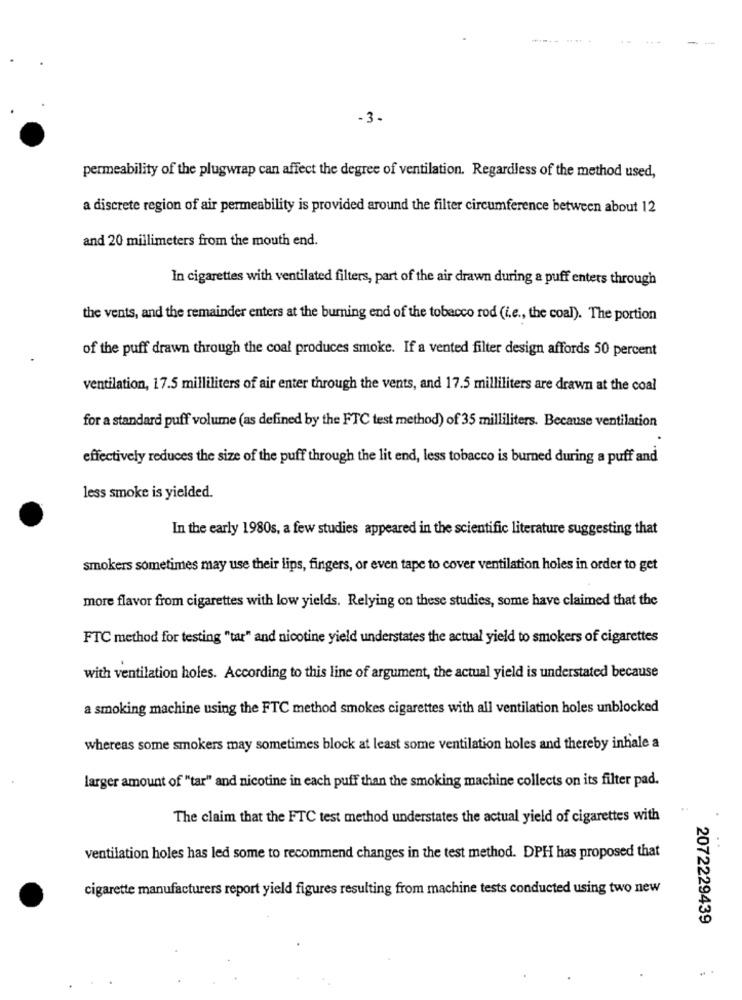
-
-3.
permeability of the plugwrap can affect the degree of ventilation. Regardless of the method used,
a discrete region of air permeability is provided around the filter circumference between about 12
and 20 millimeters from the mouth end.
In cigarettes with ventilated filters, part of the air drawn during a puff enters through
the vents, and the remainder enters at the burning end of the tobacco rod (i.e ., the coal). The portion
of the puff drawn through the coal produces smoke. If a vented filter design affords 50 percent
ventilation, 17.5 milliliters of air enter through the vents, and 17.5 milliliters are drawn at the coal
for a standard puff volume (as defined by the FTC test method) of 35 milliliters. Because ventilation
effectively reduces the size of the puff through the lit end, less tobacco is burned during a puff and
less smoke is yielded.
In the early 1980s, a few studies appeared in the scientific literature suggesting that
smokers sometimes may use their lips, fingers, or even tape to cover ventilation holes in order to get
more flavor from cigarettes with low yields. Relying on these studies, some have claimed that the
FTC method for testing "tar" and nicotine yield understates the actual yield to smokers of cigarettes
with ventilation holes. According to this line of argument, the actual yield is understated because
a smoking machine using the FTC method smokes cigarettes with all ventilation holes unblocked
whereas some smokers may sometimes block at least some ventilation holes and thereby inhale a
larger amount of "tar" and nicotine in each puff than the smoking machine collects on its filter pad.
The claim that the FTC test method understates the actual yield of cigarettes with
ventilation holes has led some to recommend changes in the test method. DPH has proposed that
cigarette manufacturers report yield figures resulting from machine tests conducted using two new
2072229439